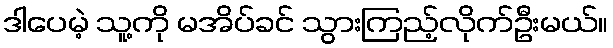
ဒါပေမဲ့ သူ့ကို မအိပ်ခင် သွားကြည့်လိုက်ဦးမယ်။